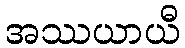
အဿယာယီ